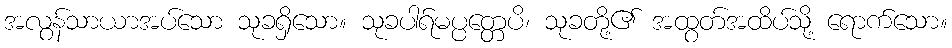
အလွန်သာယာအပ်သော သုခရှိသော။ သုခပါရ်မပ္ပတ္တေပိ၊ သုခတို့၏ အထွတ်အထိပ်သို့ ရောက်သော။